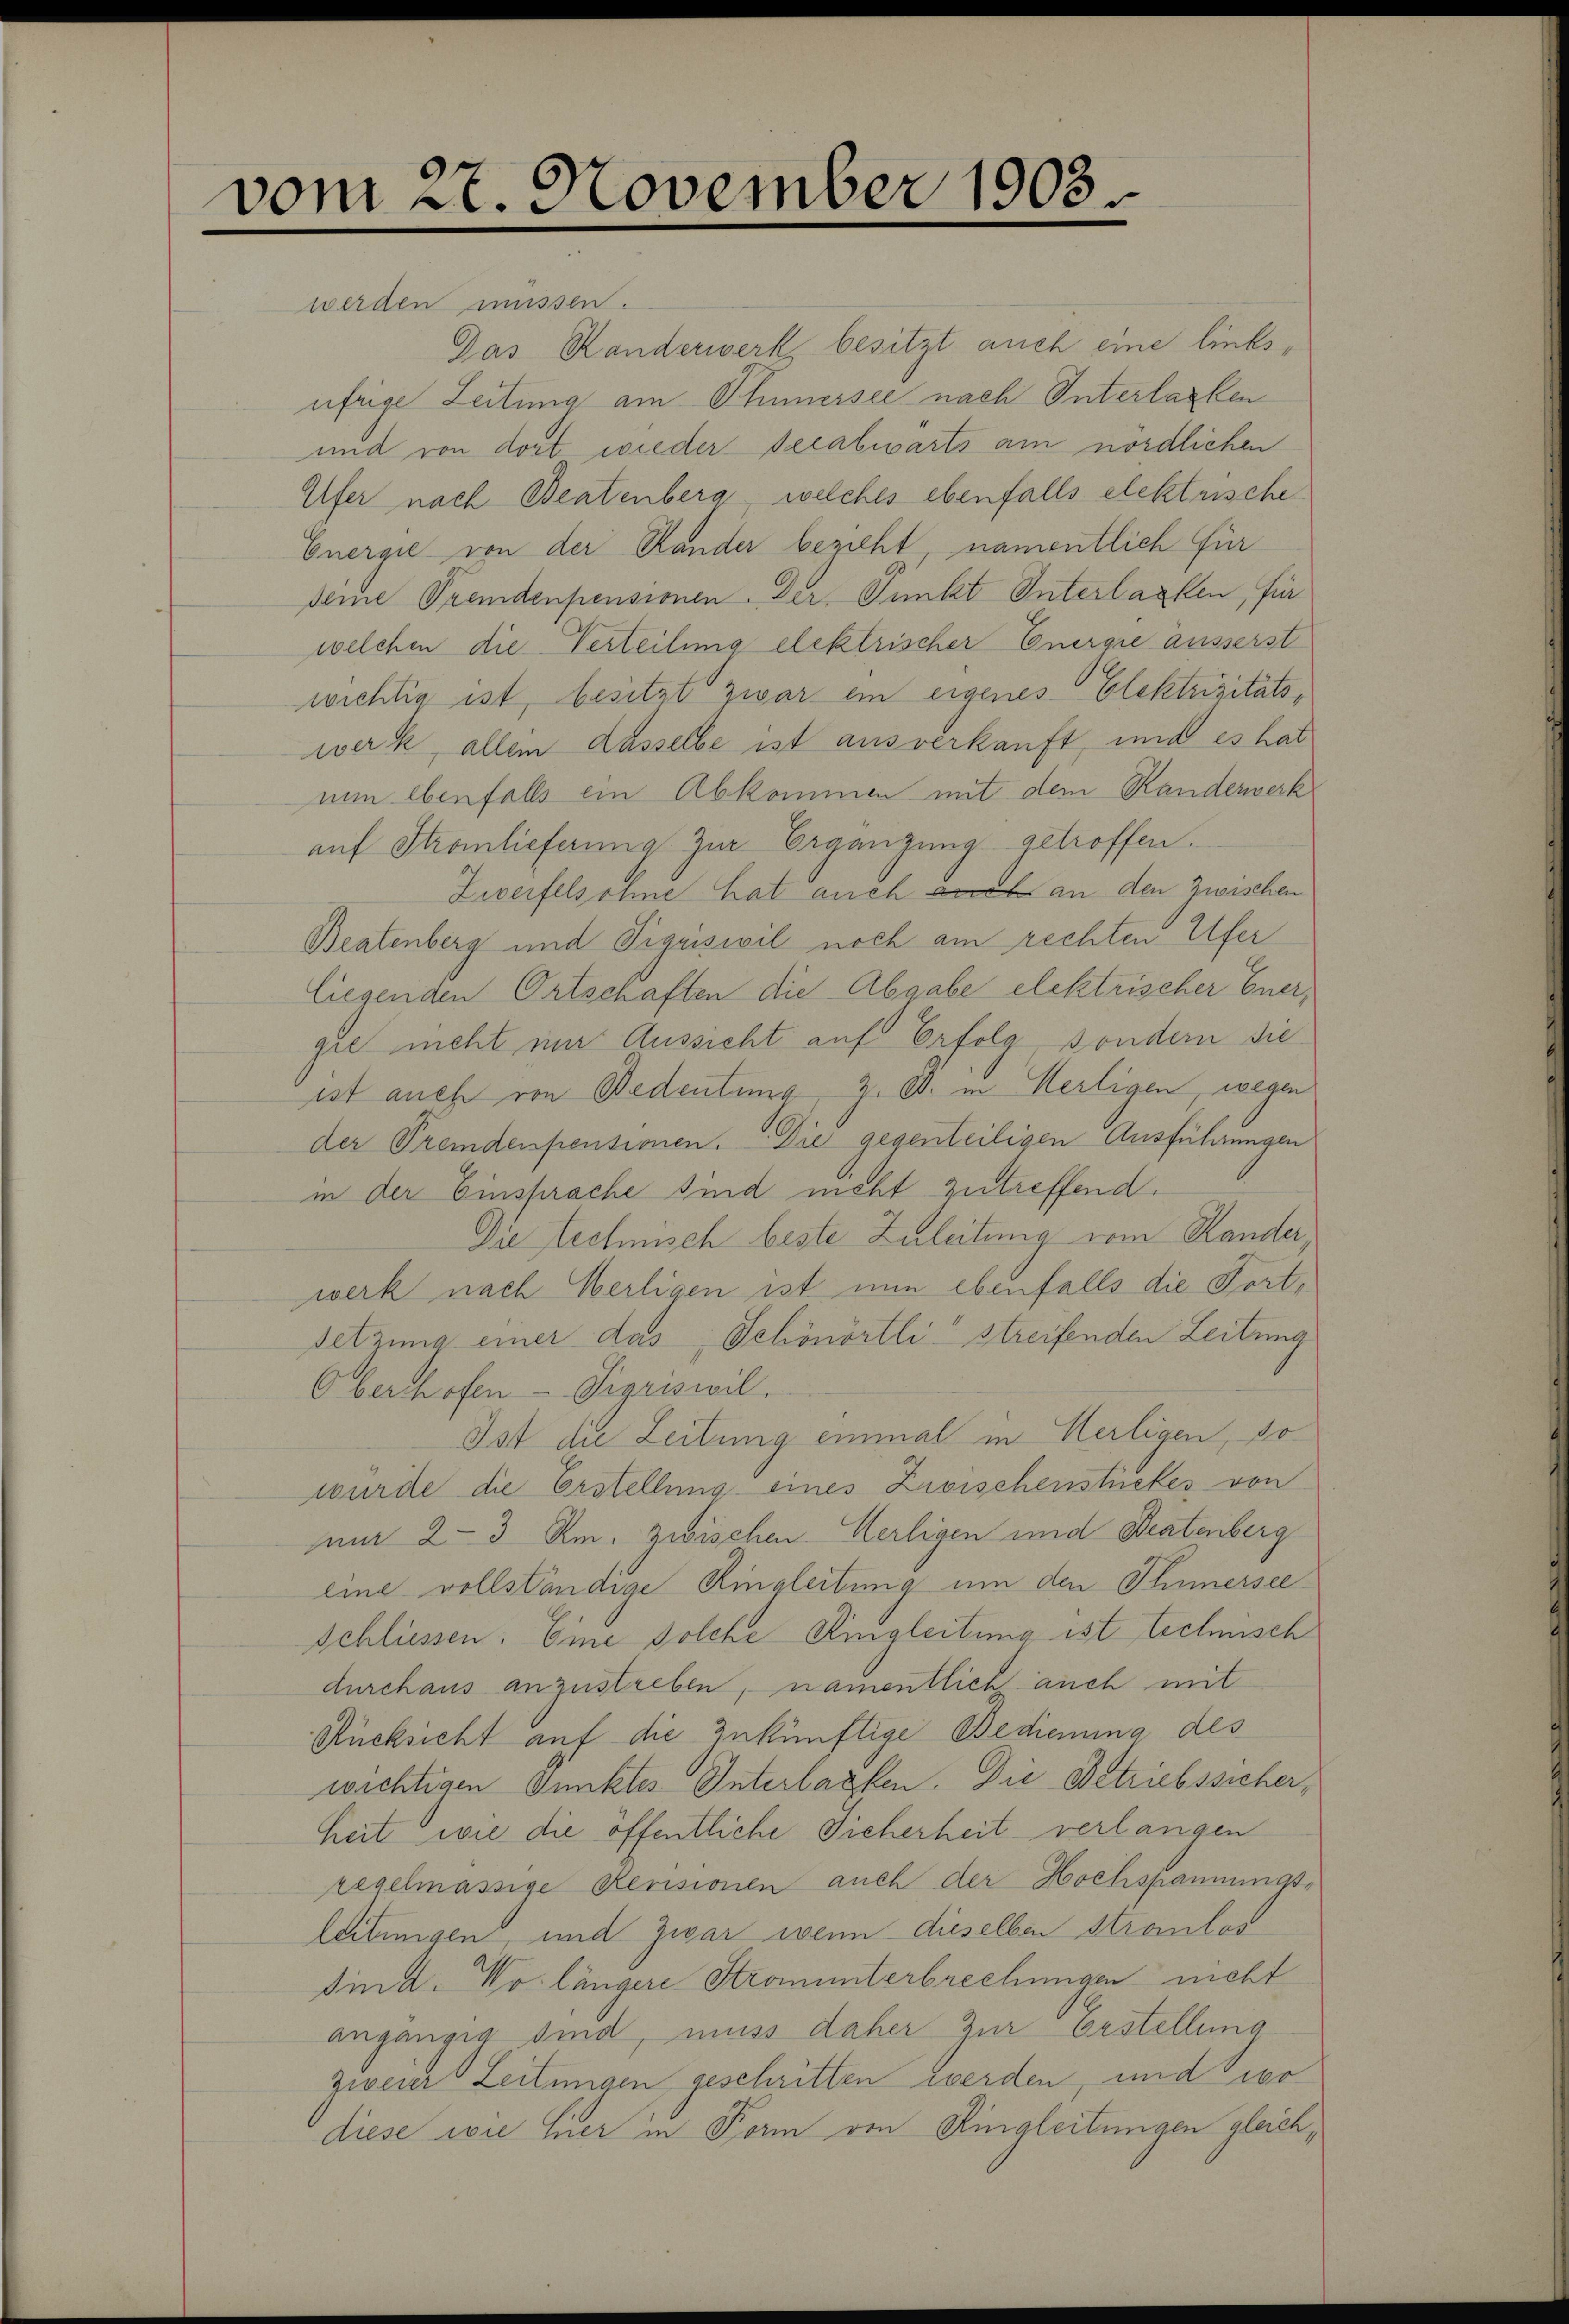
vom 27. November 1903.

werden müssen.

Das Randerwerk, besitzt auch eine linksufrige Zeitung am Thunersee nach Interlacken
und von dort wieder szeabwarts am nördlichen
Ufer nach Beatenberg, welches ebenfalls elektrische
Energie von der Rander bezieht, namentlich für
seine Premdenpensionen. Der Punkt Interlacken, für
welchen die Verteilung elektrischer Energie äusserst
wichtig ist, besitzt zwar ein eigenes Elektrizitätswerk, allem dasselbe ist aus verkauft, und es hat
nun ebenfalls ein Abkommen mit dem Handerwerk
auf Stromlieferung zur Ergängung getroffen.
Zweifelsohne hat auch auch an den Zwischen
Beatenberg und Piquisivil noch am rechten Ufer
liegenden Ortschaften die Abgabe elektrischer Ener,
gie nicht mir Aussicht auf Erfolg, sondern die
ist auch von Bedeutung z. B. in Mertigen, wegen
der Premdenpensionen. Die gegenteiligen Ausführungen
in der Einsprache sind nicht zutreffend.
Die technisch beste Zuleitung vom Hander,
werk nach Meiligen ist nun ebenfalls die Fort¬
Setzung einer das Schönörtli streifenden Leitung
Oberhofen-Sigriswil.
Ist die Zeitung einmal in Herligen, so
würde die Erstellung eines Zusischenstretes von
nur 2-3 Am. Zwischen Herligen und Beatenberg
eine vollständige Ringleitung um den Thunersee
Schliessen: Eine solche Ringleitung ist technisch
durchaus anzustreben, namentlich auch mit
Rücksicht auf die zukünftige Bedienung des
wichtigen Punktes Interlacken. Die Betriebssicherheit wie die öffentliche Sicherheit verlangen
regelmässige Revisionen auch der Hochspannungsleitungen, und zwar wenn dieselben Straulos
sind. Wo längere Stromunterbrechungen nicht
angängig sind, muss daher zur Erstellung
zweier Zeitungen geschritten werden, und vo
diese wie hier in Form von Ringleitungen gleich,